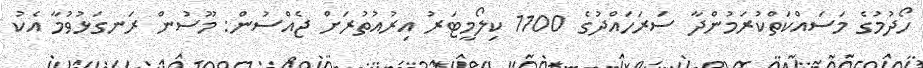
ހޯދުމުގެ މަސައްކަތްކުރަމުންދާ ސަރަހައްދުގެ 1100 ކިލޯމީޓަރު އިރުއުތުރަށް ޖެއްސުން: މޫސުން ރަނގަޅުވުމާ އެކު